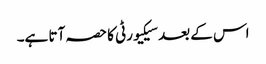
اس کے بعد سیکیورٹی کا حصہ آتا ہے۔